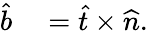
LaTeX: \begin{array}{rl}{\widehat{b}}&{{}=\widehat{t}\times\widehat{n}.}\end{array}